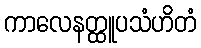
ကာလေနတ္ထူပသံဟိတံ